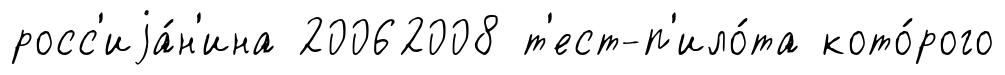
росс'иjа́н'ина 20062008 т'ест-п'ило́та кото́рого